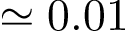
\simeq 0 . 0 1